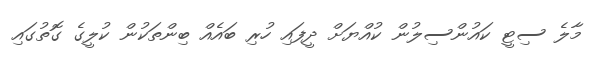
މާލެ ސިޓީ ކައުންސިލުން ކުއްޔަށް ދީފައި ހުރި ބައެއް ބިންތަކުން ކުލީގެ ގޮތުގައި